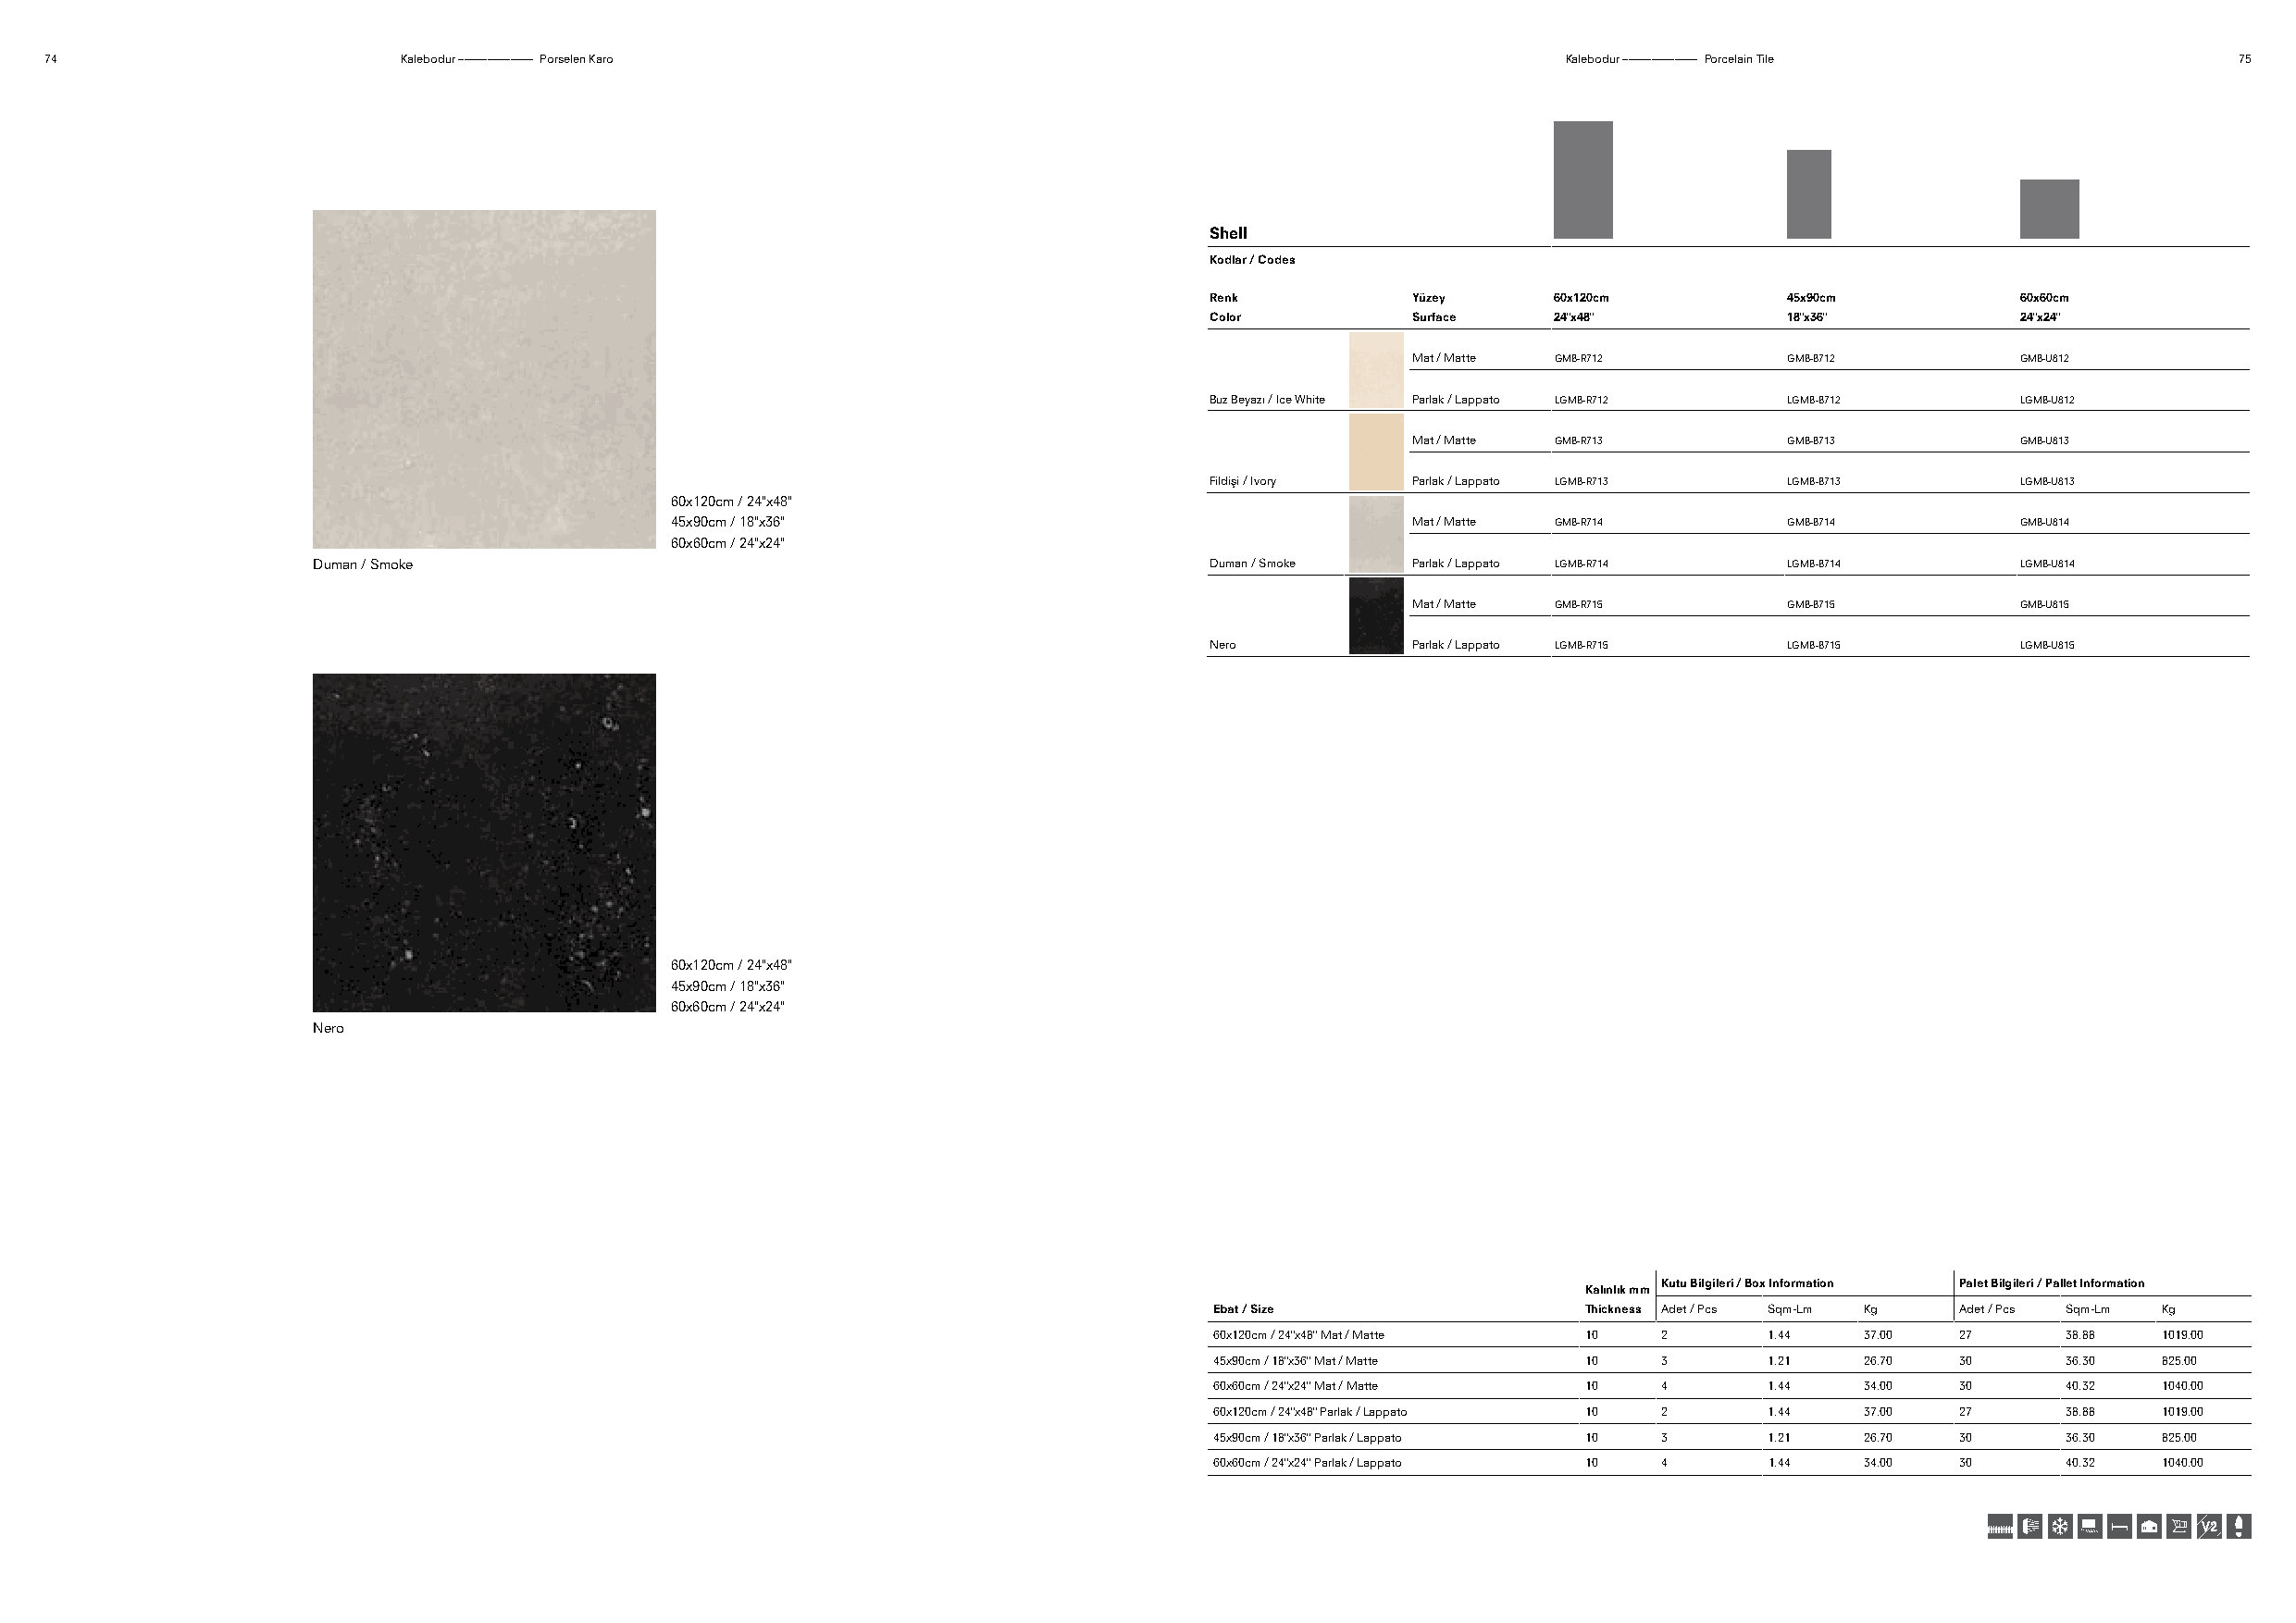
74                        Kalebodur ––––––––––––– Porselen Karo                                              Kalebodur ––––––––––––– Porcelain Tile          75
 Shell
 Kodlar / Codes
 Renk          Yüzey     60x120cm         45x90cm         60x60cm
 Color         Surface   24"x48"          18"x36"         24"x24"
 Mat / Matte GMB-R712       GMB-B712        GMB-U812
 Buz Beyazı / Ice White Parlak / Lappato LGMB-R712 LGMB-B712 LGMB-U812
 Mat / Matte GMB-R713       GMB-B713        GMB-U813
 Fildişi / Ivory Parlak / Lappato LGMB-R713 LGMB-B713     LGMB-U813
 60x120cm / 24"x48"
 45x90cm / 18"x36"                                    Mat / Matte GMB-R714       GMB-B714        GMB-U814
 60x60cm / 24"x24"
 Duman / Smoke                                                    Duman / Smoke Parlak / Lappato LGMB-R714 LGMB-B714       LGMB-U814
 Mat / Matte GMB-R715       GMB-B715        GMB-U815
 Nero          Parlak / Lappato LGMB-R715 LGMB-B715       LGMB-U815
 60x120cm / 24"x48"
 45x90cm / 18"x36"
 60x60cm / 24"x24"
 Nero
 Kutu Bilgileri / Box Information Palet Bilgileri / Pallet Information
 Kalınlık mm
 Ebat / Size               Thickness Adet / Pcs Sqm-Lm Kg Adet / Pcs Sqm-Lm Kg
 60x120cm / 24"x48" Mat / Matte 10 2    1.44   37.00  27      38.88  1019.00
 45x90cm / 18"x36" Mat / Matte 10 3     1.21   26.70  30      36.30  825.00
 60x60cm / 24"x24" Mat / Matte 10 4     1.44   34.00  30      40.32  1040.00
 60x120cm / 24"x48" Parlak / Lappato 10 2 1.44 37.00  27      38.88  1019.00
 45x90cm / 18"x36" Parlak / Lappato 10 3 1.21  26.70  30      36.30  825.00
 60x60cm / 24"x24" Parlak / Lappato 10 4 1.44  34.00  30      40.32  1040.00